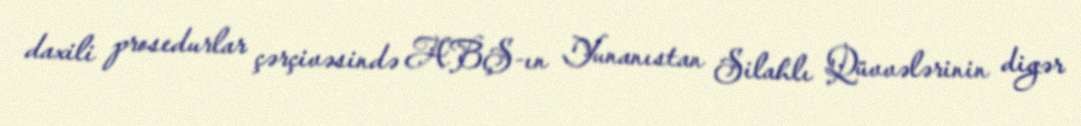
daxili prosedurlar çərçivəsində ABŞ-ın Yunanıstan Silahlı Qüvvələrinin digər